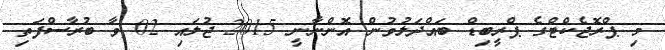
މި ޕްރޮޖެކްޓްގެ ޕްރީބިޑް ބައްދަލުވުން އޮންނާނީ 2015 ޖުލައި 02 ވާ ބުރާސްފަތި